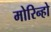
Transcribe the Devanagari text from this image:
मोरिन्हो